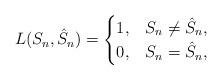
LaTeX: \begin{align*}L(S_n, \hat{S}_n) =\begin{cases}1, &S_n \ne \hat{S}_n,\\0, &S_n = \hat{S}_n,\end{cases}\end{align*}